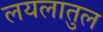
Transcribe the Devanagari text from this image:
लयलातुल